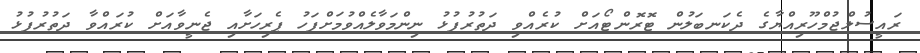
ރައީސުލްޖުމްހޫރިއްޔާގެ ދެކަނބަލުން ޓޮރޮންޓޯއަށް ކުރެއްވި ދަތުރުފުޅު ނިންމަވާލެއްވުމަށްފަހު ޕެރިހަށާއި ޖެނީވާއަށް ކުރައްވާ ދަތުރުފުޅު